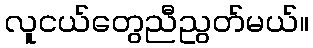
လူငယ်တွေညီညွတ်မယ်။